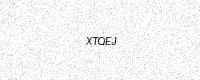
Text: XTQEJ